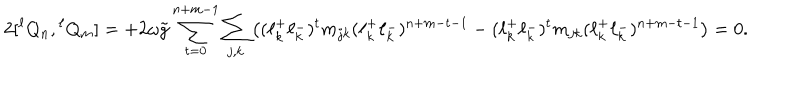
2 [ { } ^ { \ell } Q _ { n } , { } ^ { \ell } Q _ { m } ] = + 2 \omega \tilde { g } \sum _ { t = 0 } ^ { n + m - 1 } \sum _ { j , k } \left( ( \ell _ { k } ^ { + } \ell _ { k } ^ { - } ) ^ { t } m _ { j k } ( \ell _ { k } ^ { + } \ell _ { k } ^ { - } ) ^ { n + m - t - 1 } - ( \ell _ { k } ^ { + } \ell _ { k } ^ { - } ) ^ { t } m _ { j k } ( \ell _ { k } ^ { + } \ell _ { k } ^ { - } ) ^ { n + m - t - 1 } \right) = 0 .